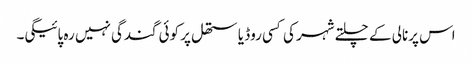
اس پرنالی کے چلتے شہر کی کسی روڈ یا ستھل پر کوئی گندگی نہیں رہ پائیگی۔